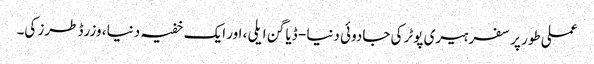
عملی طور پر سفر ہیری پوٹر کی جادوئی دنیا - ڈیاگن ایلی ، اور ایک خفیہ دنیا ، وزرڈ طرز کی۔